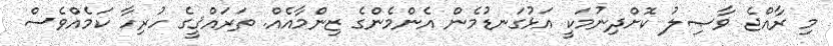
މި ރާއްޖެ ވާޞިލު ކޮށްދިނުމަކީ އަޅުގަނޑުމެން އެންމެންގެ ޒިންމާއެއް. ތަރައްޤީގެ ހުރިހާ ކަމެއްވެސް